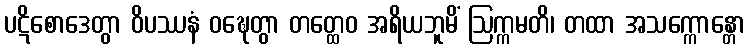
ပဋိစောဒေတွာ ဝိပဿနံ ဝဍ္ဎေတွာ တတ္ထေဝ အရိယဘူမိံ ဩက္ကမတိ၊ တထာ အသက္ကောန္တော